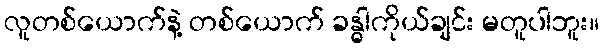
လူတစ်ယောက်နဲ့ တစ်ယောက် ခန္ဓါကိုယ်ချင်း မတူပါဘူး။